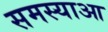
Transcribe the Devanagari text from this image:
समस्याआ